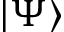
| \Psi \rangle